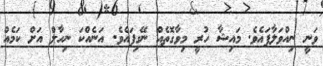
ވަނީ ނިއްވަލާފައެވެ. މައިޝާ ހުރީ މިވާގޮތެއް ނޭގިފައެވެ. އަނެއްކަ ނިހާލް އަށް ކަމެއް